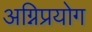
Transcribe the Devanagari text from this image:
अग्निप्रयोग